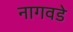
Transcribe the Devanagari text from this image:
नागवडे